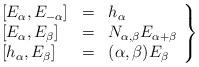
LaTeX: \begin{align*}\left.\begin{array}{lcl}\left[ E_\alpha , E_{- \alpha} \right] & = & h_\alpha \\\left[ E_\alpha , E_\beta \right] & = & N_{\alpha , \beta} E_{\alpha + \beta} \\\left[ h_\alpha , E_\beta \right] & = & (\alpha , \beta ) E_\beta\end{array} \right\}\end{align*}